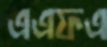
এএফএ